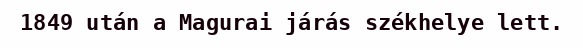
1849 után a Magurai járás székhelye lett.